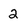
Character: 2